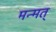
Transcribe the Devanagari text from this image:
मन्मत्